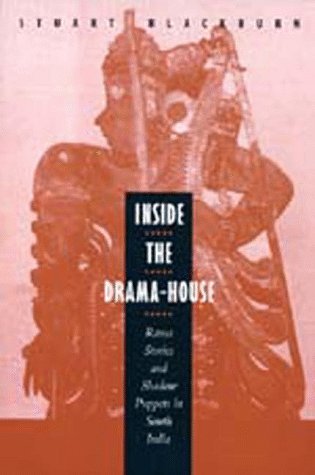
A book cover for Inside the Drama-House: Rama Stories and Shadow Puppets in South India; Stuart Blackburn; Crafts, Hobbies & Home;